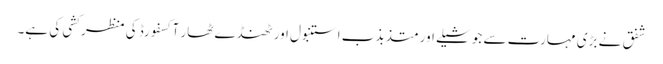
شفق نے بڑی مہارت سے جوشیلے اور متذبذب استنبول اور ٹھنڈے ٹھار آکسفورڈ کی منظر کشی کی ہے۔